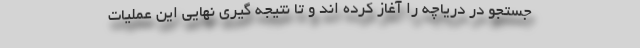
جستجو در دریاچه را آغاز کرده اند و تا نتیجه گیری نهایی این عملیات